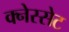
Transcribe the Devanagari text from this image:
क्नेस्सेट